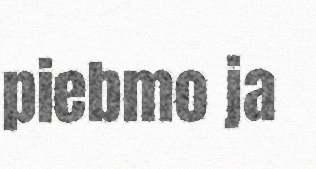
piebmo ja